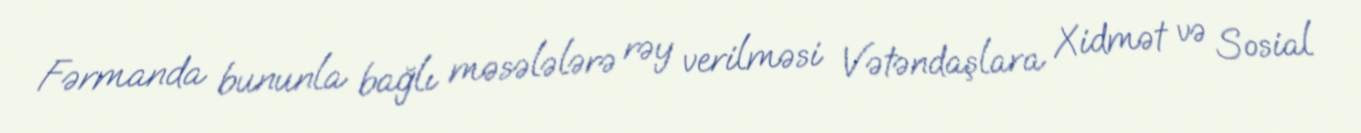
Fərmanda bununla bağlı məsələlərə rəy verilməsi Vətəndaşlara Xidmət və Sosial